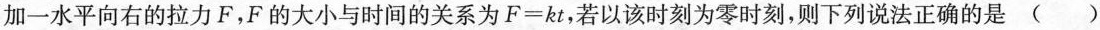
加一水平向右的拉力F，F的大小与时间的关系为$$F = k t$$，若以该时刻为零时刻，则下列说法正确的是 ( )